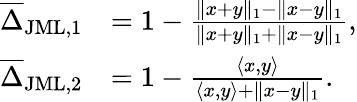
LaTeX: \begin{array}{rl}{\overline{{\Delta}}_{\mathrm{JML,1}}}&{=1-\frac{\| x+y\| _{1}-\| x-y\| _{1}}{\| x+y\| _{1}+\| x-y\| _{1}},}\\ {\overline{{\Delta}}_{\mathrm{JML,2}}}&{=1-\frac{\langle x,y\rangle}{\langle x,y\rangle+\| x-y\| _{1}}.}\end{array}